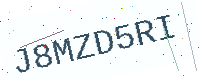
Text: J8MZD5RI